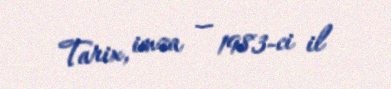
Tarix, imza — 1983-ci il